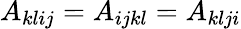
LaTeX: A_{klij}=A_{ijkl}=A_{klji}